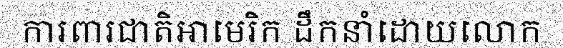
ការពារជាតិអាមេរិក ដឹកនាំដោយលោក